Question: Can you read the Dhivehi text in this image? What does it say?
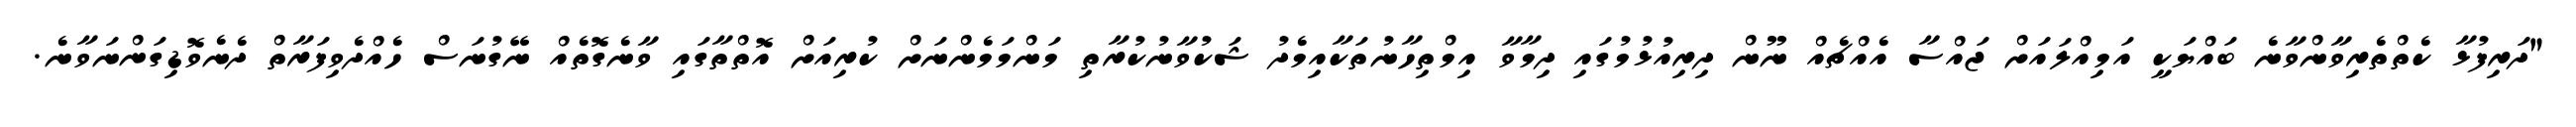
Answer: "ދަރިފުޅާ ކެތްތެރިވާންވާނެ ބައްޔަކީ އަމިއްލައަށް ޖައްސާ އެއްޗެއް ނޫން ދިރިއުޅުމުގައި ދިމާވާ އިމްތިހާނުތަކާއިމެދު ޝަކުވާނުކުރާތި މަންމަމެންނަށް ކުރިއަށް އޮތްތާގައި ވާނެގޮތެއް ނޭގުނަސް ހެއްދެވިފަރާތް ދެނެވޮޑިގަންނަވާނެ.